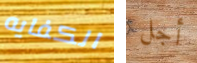
الكفايه أجل